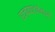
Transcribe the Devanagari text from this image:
राज्यघटनेमध्ये